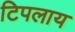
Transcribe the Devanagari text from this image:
टिपलाय